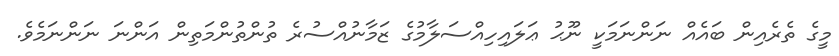
މީގެ ތެރެއިން ބައެއް ނަންނަމަކީ ނޫޙު ޢަލައިހިއްސަލާމުގެ ޒަމާނުއްސުރެ ތުންތުންމަތިން އަންނަ ނަންނަމެވެ.